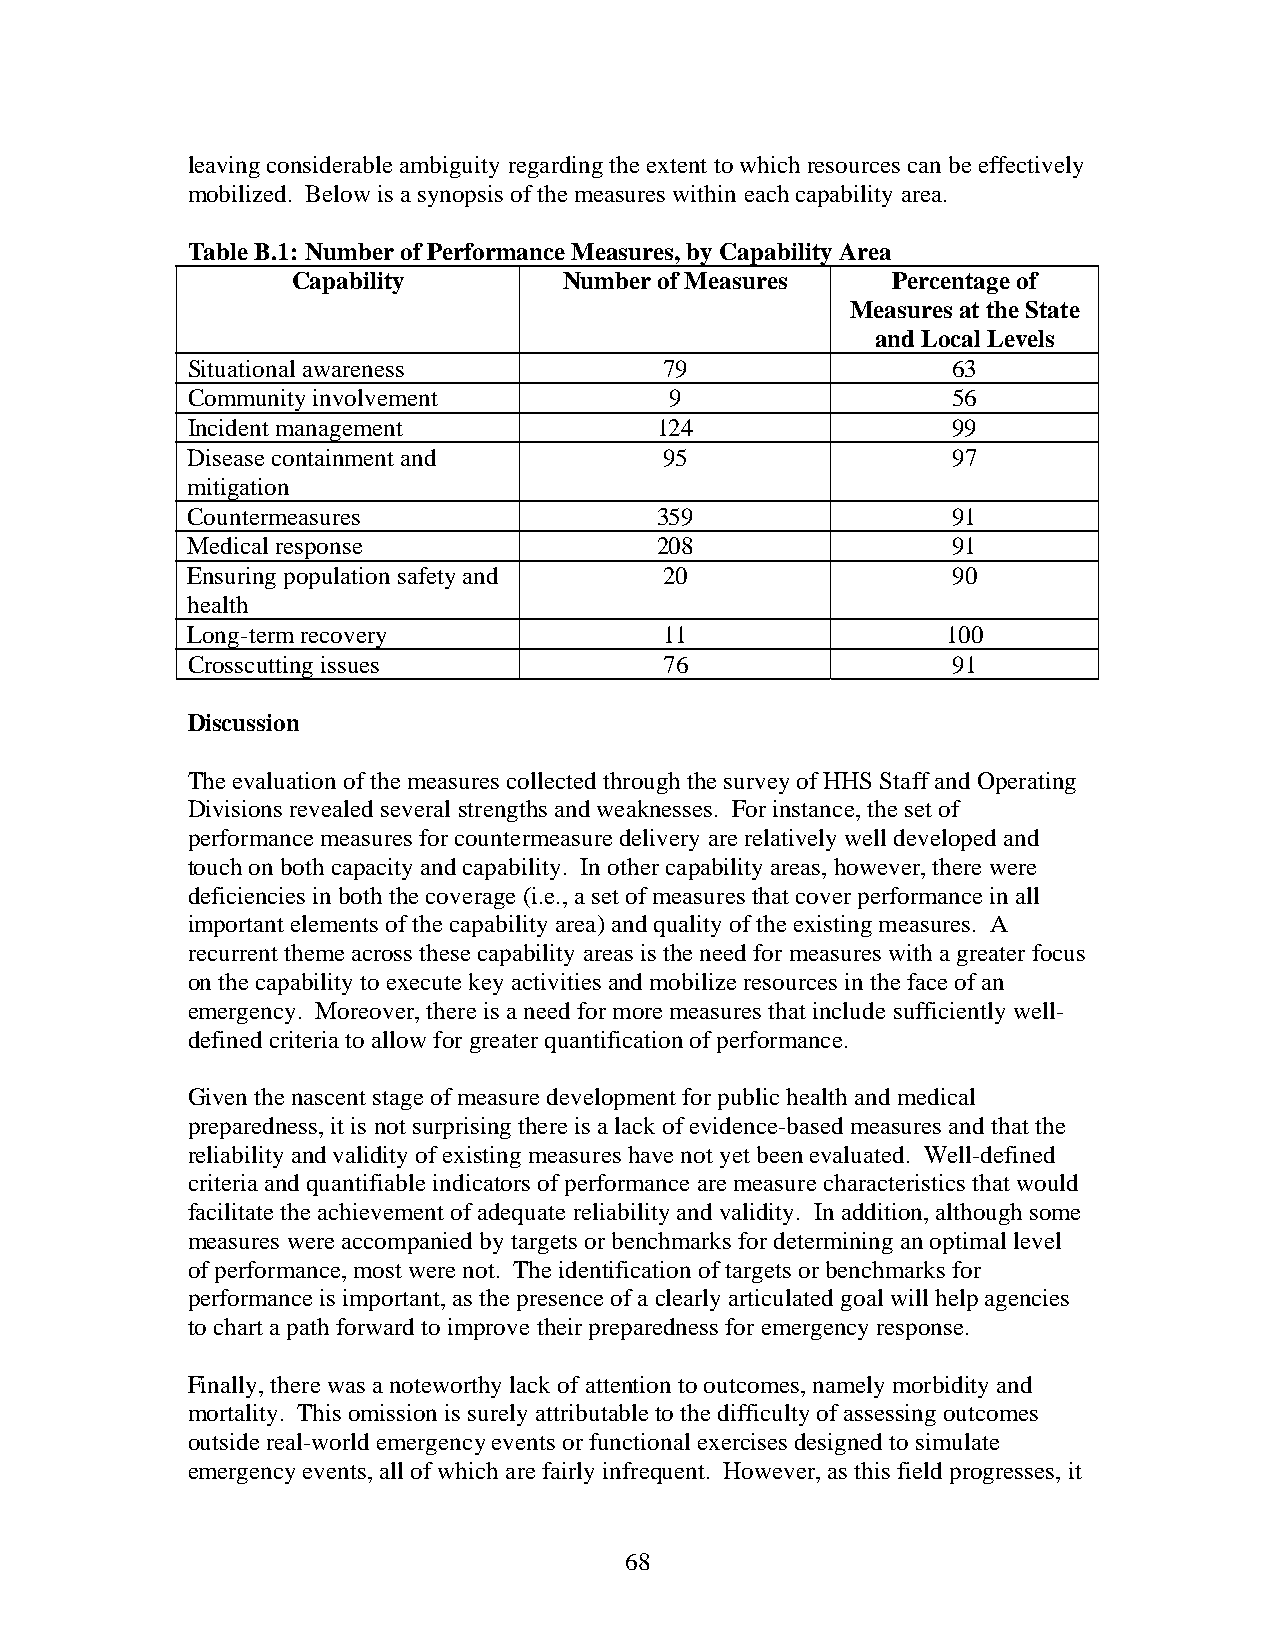
leaving considerable ambiguity regarding the extent to which resources can be effectively
 mobilized. Below is a synopsis of the measures within each capability area.
 Table B.1: Number of Performance Measures, by Capability Area
 Capability        Number of Measures    Percentage of
 Measures at the State
 and Local Levels
 Situational awareness           79                 63
 Community involvement           9                  56
 Incident management            124                 99
 Disease containment and         95                 97
 mitigation
 Countermeasures                359                 91
 Medical response               208                 91
 Ensuring population safety and  20                 90
 health
 Long-term recovery              11                 100
 Crosscutting issues             76                 91
 Discussion
 The evaluation of the measures collected through the survey of HHS Staff and Operating
 Divisions revealed several strengths and weaknesses. For instance, the set of
 performance measures for countermeasure delivery are relatively well developed and
 touch on both capacity and capability. In other capability areas, however, there were
 deficiencies in both the coverage (i.e., a set of measures that cover performance in all
 important elements of the capability area) and quality of the existing measures. A
 recurrent theme across these capability areas is the need for measures with a greater focus
 on the capability to execute key activities and mobilize resources in the face of an
 emergency. Moreover, there is a need for more measures that include sufficiently well-
 defined criteria to allow for greater quantification of performance.
 Given the nascent stage of measure development for public health and medical
 preparedness, it is not surprising there is a lack of evidence-based measures and that the
 reliability and validity of existing measures have not yet been evaluated. Well-defined
 criteria and quantifiable indicators of performance are measure characteristics that would
 facilitate the achievement of adequate reliability and validity. In addition, although some
 measures were accompanied by targets or benchmarks for determining an optimal level
 of performance, most were not. The identification of targets or benchmarks for
 performance is important, as the presence of a clearly articulated goal will help agencies
 to chart a path forward to improve their preparedness for emergency response.
 Finally, there was a noteworthy lack of attention to outcomes, namely morbidity and
 mortality. This omission is surely attributable to the difficulty of assessing outcomes
 outside real-world emergency events or functional exercises designed to simulate
 emergency events, all of which are fairly infrequent. However, as this field progresses, it
 68